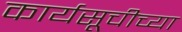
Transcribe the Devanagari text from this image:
कार्यसूचीच्या